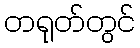
တရုတ်တွင်